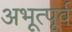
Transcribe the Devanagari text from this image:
अभूत्पूर्व